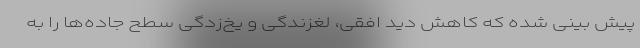
پیش بینی شده که کاهش دید افقی، لغزندگی و یخ‌زدگی سطح جاده‌ها را به